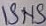
Text: ISNS